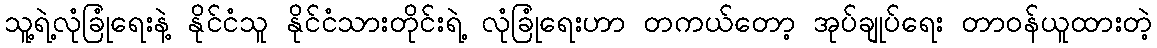
သူ့ရဲ့လုံခြုံရေးနဲ့ နိုင်ငံသူ နိုင်ငံသားတိုင်းရဲ့ လုံခြုံရေးဟာ တကယ်တော့ အုပ်ချုပ်ရေး တာဝန်ယူထားတဲ့